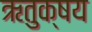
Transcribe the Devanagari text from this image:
ऋतुक्षय